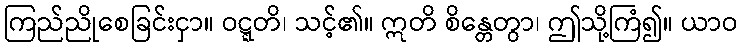
ကြည်ညိုစေခြင်းငှာ။ ဝဋ္ဋတိ၊ သင့်၏။ ဣတိ စိန္တေတွာ၊ ဤသို့ကြံ၍။ ယာဝ